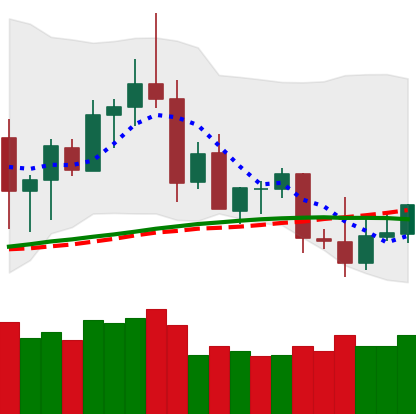
Ticker: ETC-USD
Chart end date: 2020-08-30
Forward return: -19.774%
Label: down_7plus